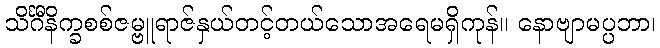
သိင်္ဂီနိက္ခစစ်ဇမ္ဗူရာဇ်နှယ်တင့်တယ်သောအရေမရှိကုန်။ နောဗျာမပ္ပဘာ၊